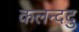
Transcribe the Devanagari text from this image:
कलन्ददु